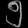
Digit: ၅